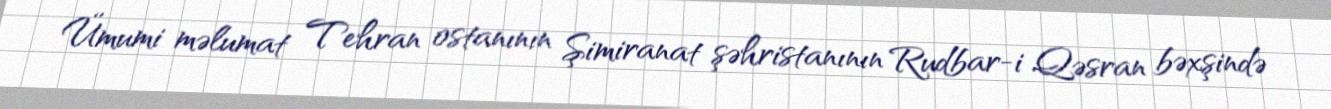
Ümumi məlumat Tehran ostanının Şimiranat şəhristanının Rudbar-i Qəsran bəxşində